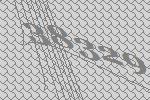
38329